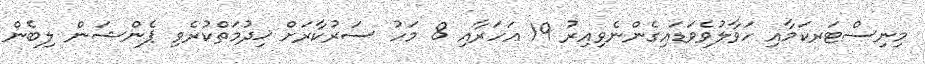
މިނިސްޓަރކަމާއި ހަވާލުވެވަޑައިގެންނެވިއިރު 19 އަހަރާއި 8 މަހު ސަރުކާރަށް ޚިދުމަތްކުރެވި ޕެންޝަން ލިބެން